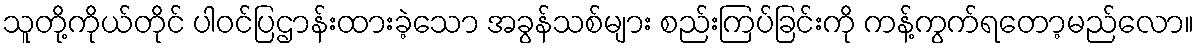
သူတို့ကိုယ်တိုင် ပါဝင်ပြဌာန်းထားခဲ့သော အခွန်သစ်များ စည်းကြပ်ခြင်းကို ကန့်ကွက်ရတော့မည်လော။